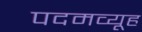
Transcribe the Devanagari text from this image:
पदमव्यूह